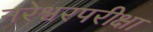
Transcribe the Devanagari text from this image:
नरेश्वरपरीक्षा